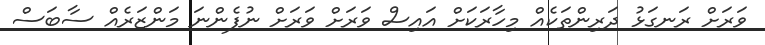
ވަރަށް ރަނގަޅު ދަރިންތަކެއް މިހާރަކަށް އައިސް ވަރަށް ވަރަށް ނުފެންނަ މަންޒަރެއް ސާބަސް